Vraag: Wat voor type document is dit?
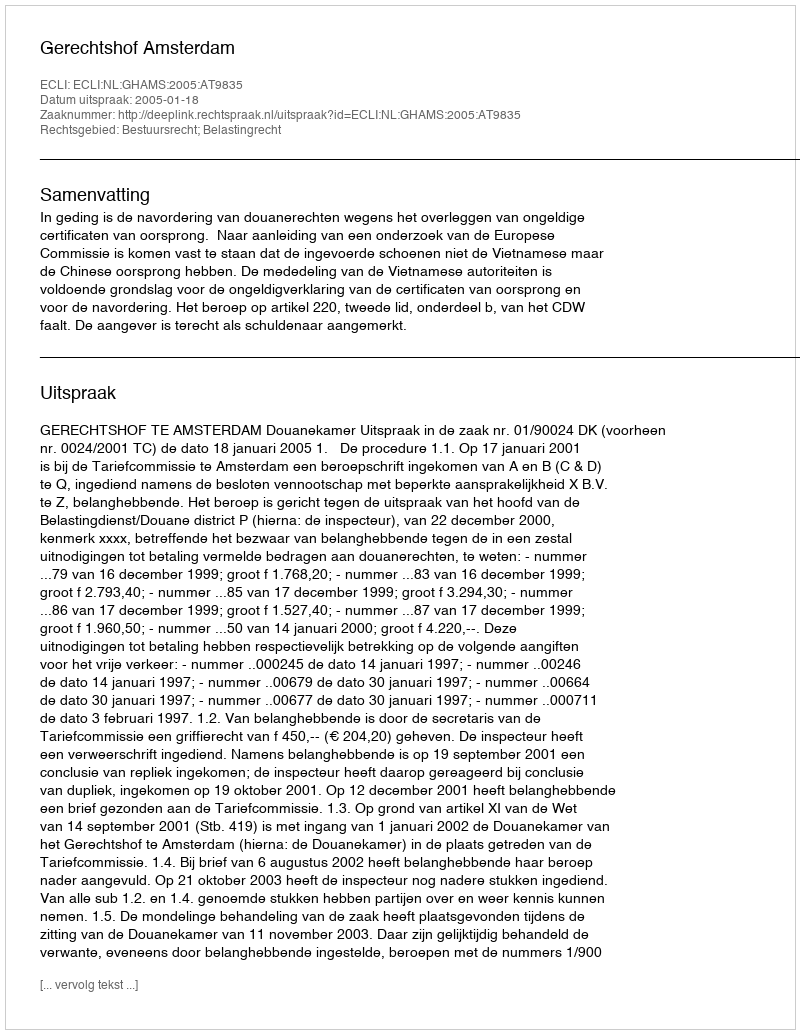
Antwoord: Uitspraak